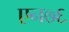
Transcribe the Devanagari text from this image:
एन७६